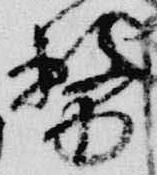
務